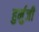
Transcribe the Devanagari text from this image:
हुर्मुजी